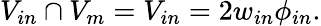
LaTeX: V_{in}\cap V_{m}=V_{in}=2w_{in}\phi_{in}.